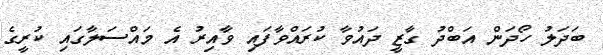
ބަދަލު ހޯދަން އަބްދު ގާޒީ ދައުވާ ކުރައްވާފައި ވާއިރު އެ މައްސަލާގައި ކުރީގެ